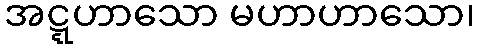
အဋ္ဋဟာသော မဟာဟာသော၊